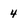
Character: 4